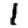
Digit: 1